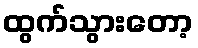
ထွက်သွားတော့